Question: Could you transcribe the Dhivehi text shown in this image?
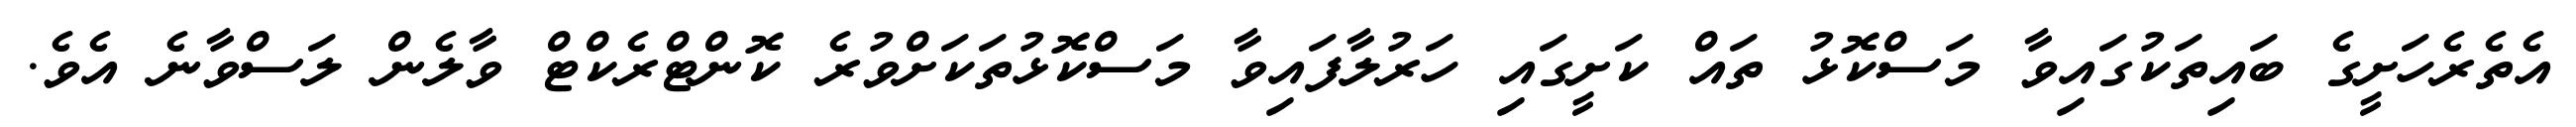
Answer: އެތެރެހަށީގެ ބައިތަކުގައިވާ މަސްކޮޅު ތައް ކަށީގައި ހަރުލާފައިވާ މަސްކޮޅުތަކަށްވުރެ ކޮންޓްރެކްޓް ވާލެން ލަސްވާނެ އެވެ.